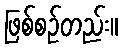
ဖြစ်စဉ်တည်း။